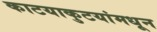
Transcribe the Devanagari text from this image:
काटयाकुटयांमधून